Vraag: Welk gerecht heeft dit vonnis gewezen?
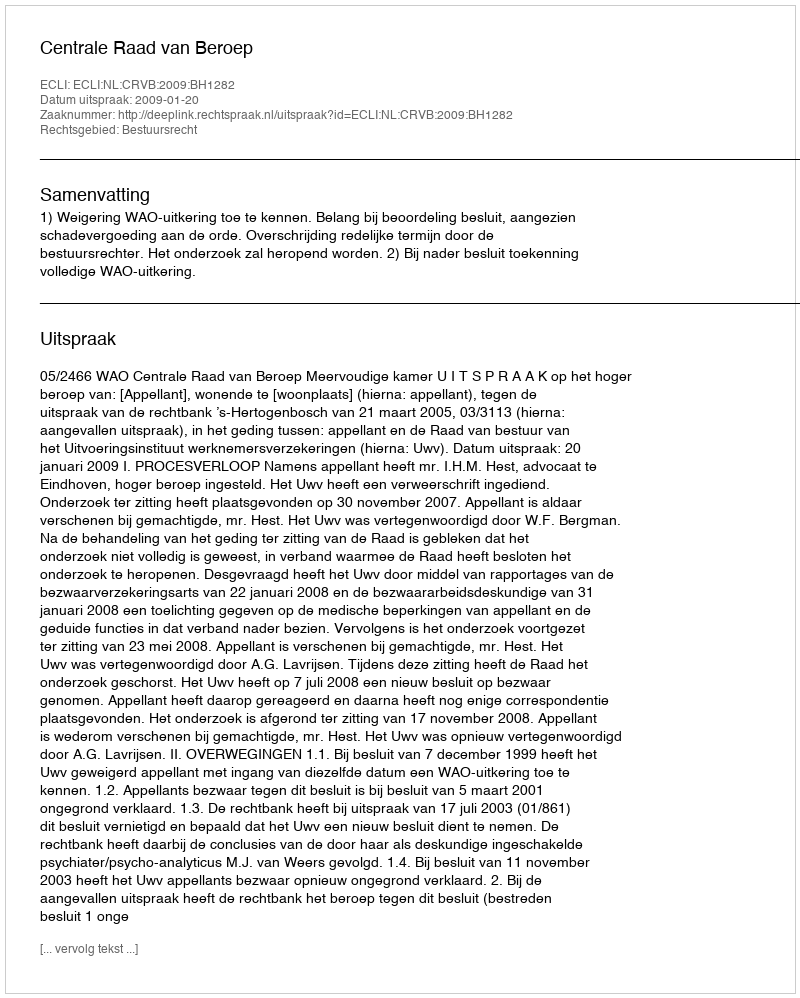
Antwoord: Centrale Raad van Beroep